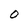
Character: O